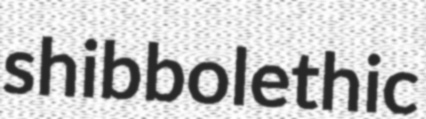
shibbolethic